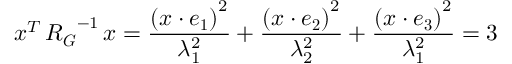
\boldsymbol { x } ^ { T } \, \boldsymbol { R _ { G } } ^ { - 1 } \, \boldsymbol { x } = \frac { \left( \boldsymbol { x } \cdot \boldsymbol { e _ { 1 } } \right) ^ { 2 } } { \lambda _ { 1 } ^ { 2 } } + \frac { \left( \boldsymbol { x } \cdot \boldsymbol { e _ { 2 } } \right) ^ { 2 } } { \lambda _ { 2 } ^ { 2 } } + \frac { \left( \boldsymbol { x } \cdot \boldsymbol { e _ { 3 } } \right) ^ { 2 } } { \lambda _ { 1 } ^ { 2 } } = 3